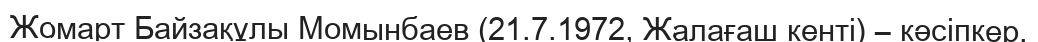
Жомарт Байзақұлы Момынбаев (21.7.1972, Жалағаш кенті) – кәсіпкер.